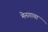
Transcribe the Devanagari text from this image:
मेनगाया